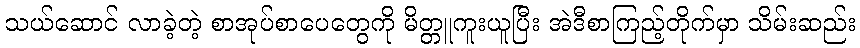
သယ်ဆောင် လာခဲ့တဲ့ စာအုပ်စာပေတွေကို မိတ္တူကူးယူပြီး အဲဒီစာကြည့်တိုက်မှာ သိမ်းဆည်း